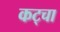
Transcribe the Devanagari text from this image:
कट्चा